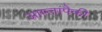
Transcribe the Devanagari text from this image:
आम्लांपैकी